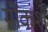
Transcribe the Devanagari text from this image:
गोंकशे